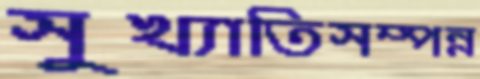
সুখ্যাতিসম্পন্ন